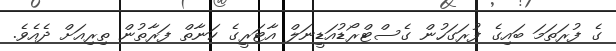
ގެ ފުރަތަމަ ބައިގެ ފުރަގަހުން ގެސްޓްރޯޑުއަޑީނަލް އާޓަރީގެ ކަނާތް ފަރާތުން ތިރިއަށް ދެއެވެ.